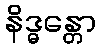
နိဒ္ဓန္တော